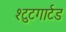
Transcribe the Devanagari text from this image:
श्टुटगार्टड